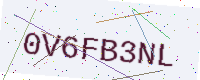
Text: 0V6FB3NL